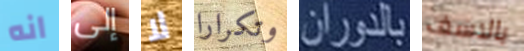
انه إلى لا وتكرارا بالدوران بالاسف